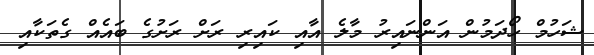
ޝަހުމް ހޯދަމުން އަންނައިރު މާލެ އާއި ކައިރި ރަށް ރަށުގެ ބައެއް ގެތަކާއި